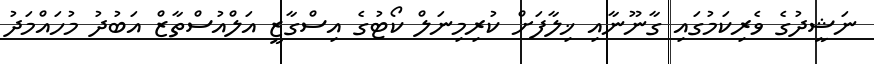
ނަޝީދުގެ ވެރިކަމުގައި ގާނޫނާއި ޚިލާފަށް ކުރިމިނަލް ކޯޓުގެ އިސްގާޒީ އަލްއުސްތާޒް އަބުދު މުހައްމަދު